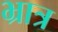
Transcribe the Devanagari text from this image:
भ्रात्र